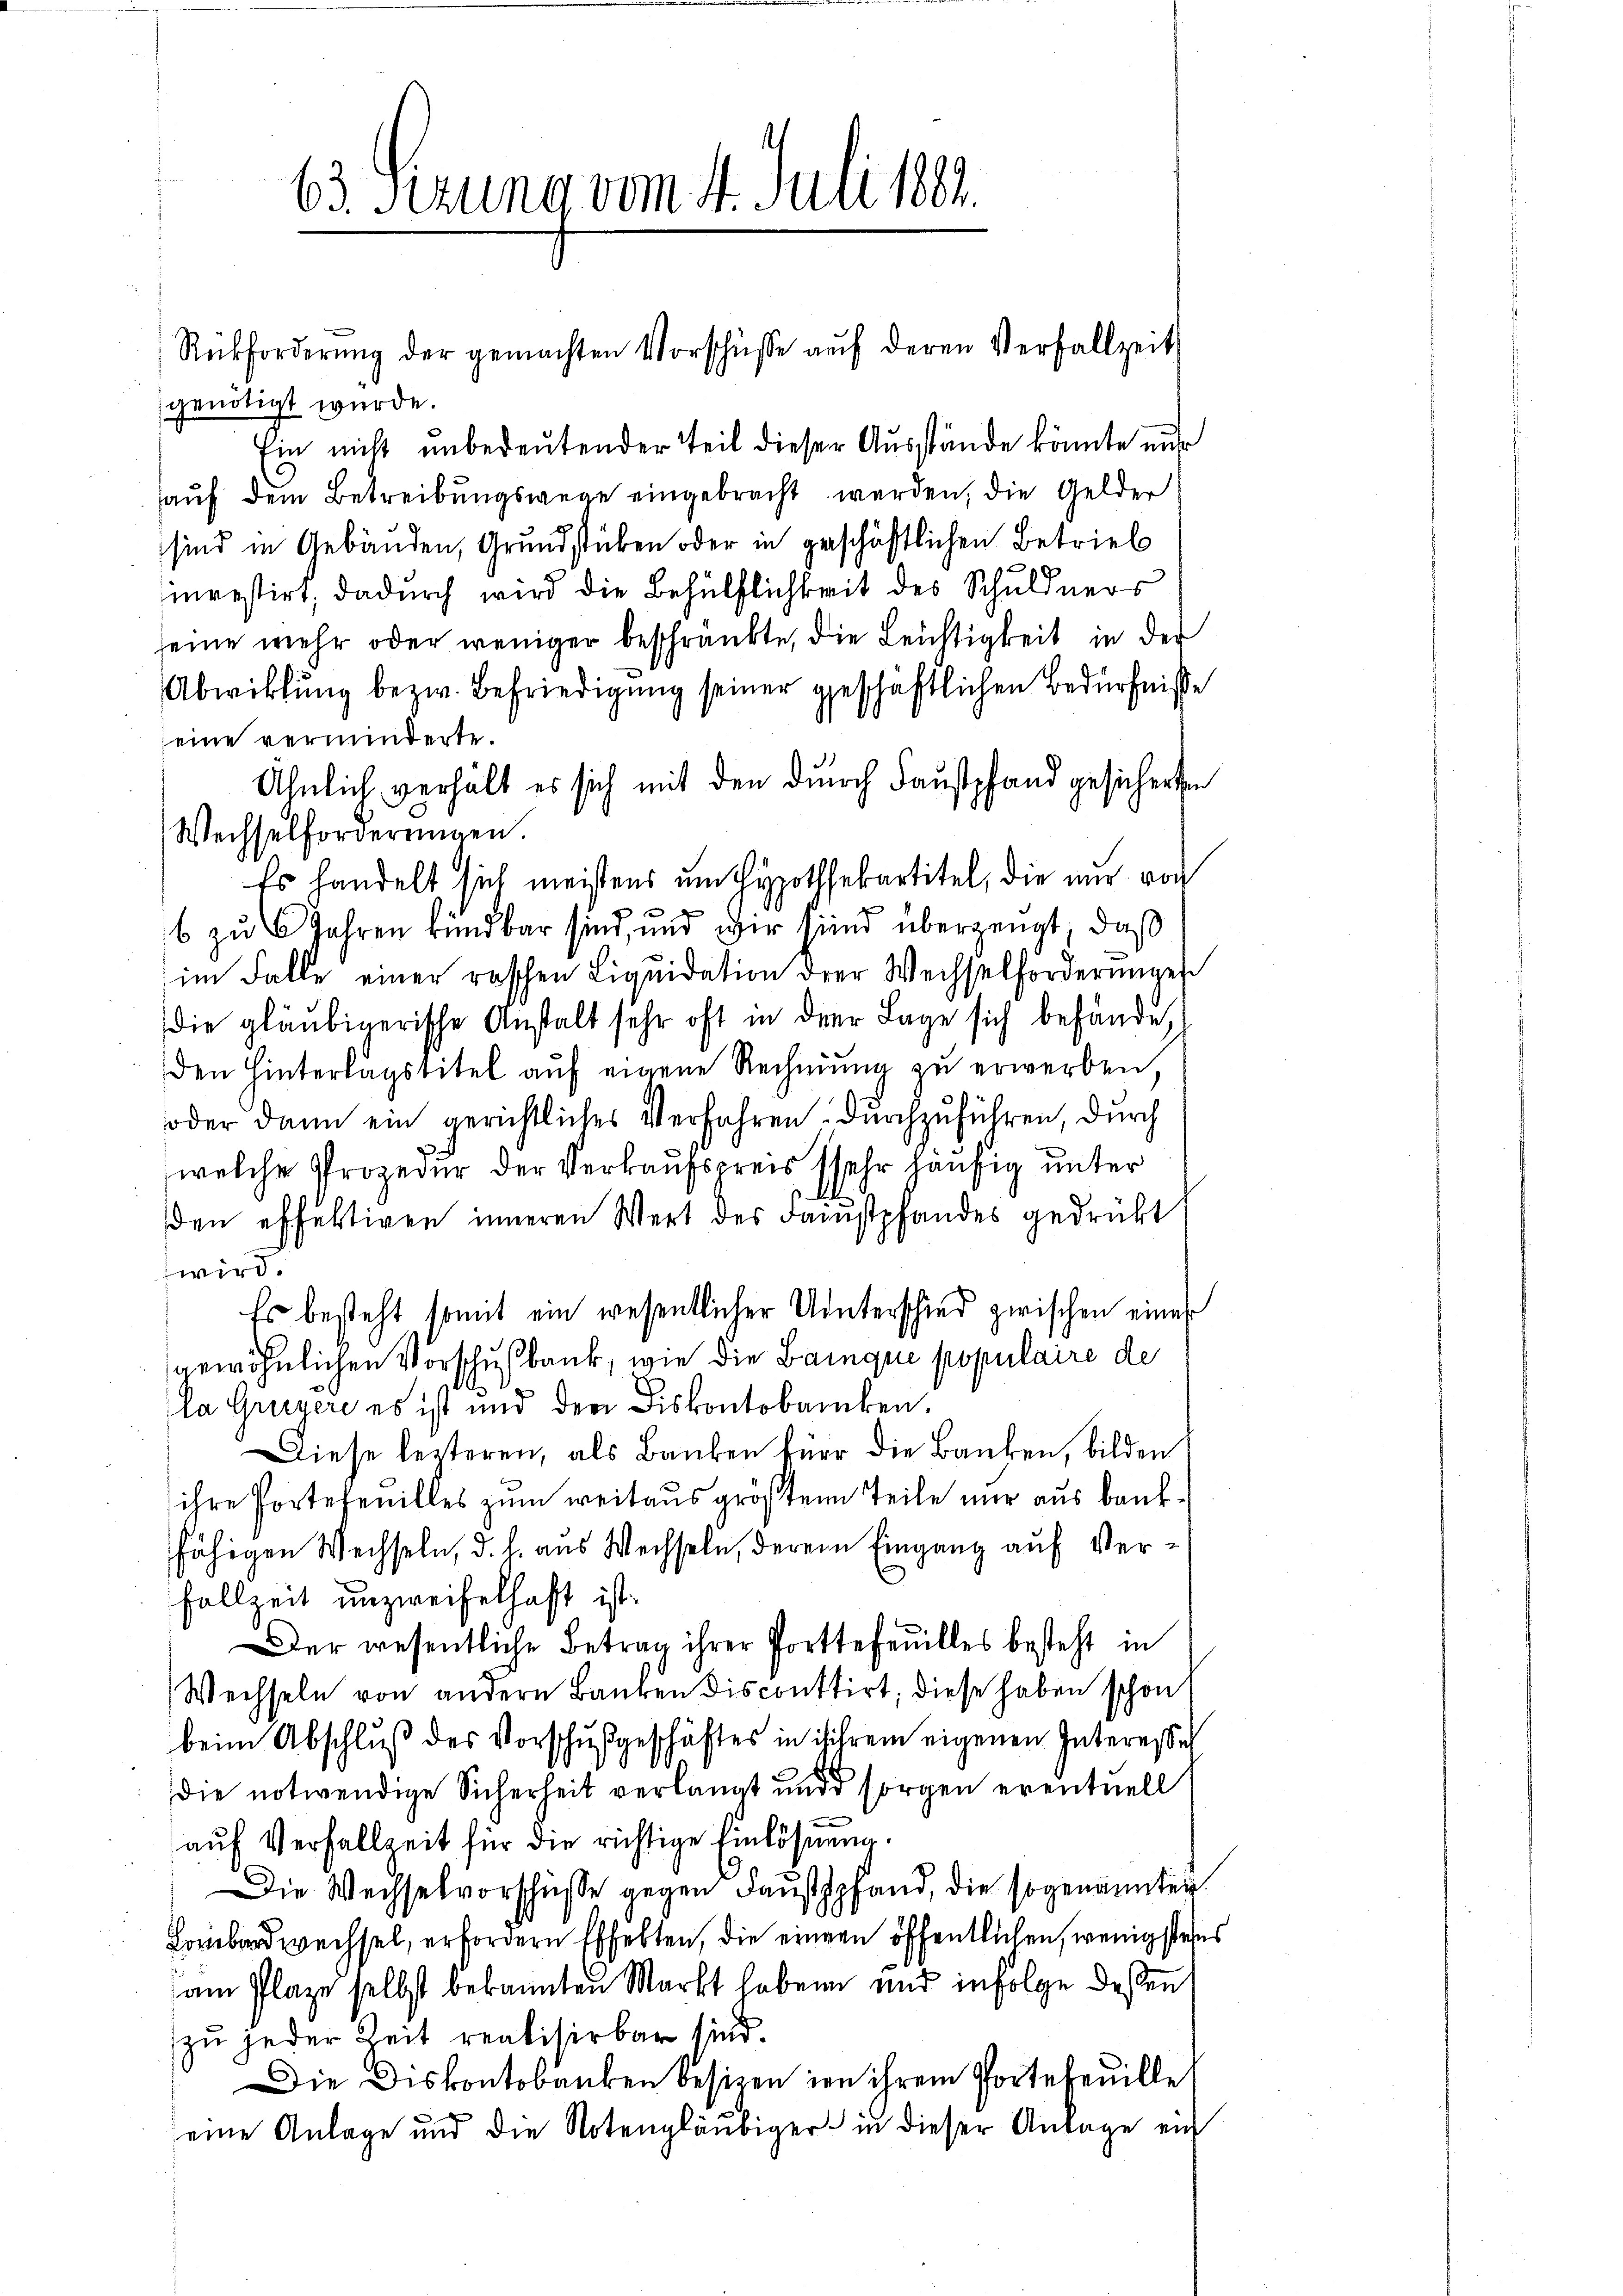
Rückforderŭng der gemachten Vorschüsse aŭf deren Verfallzeit
sgenötigt wurde.
Ein nicht unbedeutender Teil dieser Ausstände könnte nur
auf dem Betreibungswege eingebracht werden, die Gelder
sind in Gebäuden, Grundstuben oder in geschäftlichen Betrieb
mrestirt, dadurch wird die Behülflichkeit des Schuldners
seine mehr oder weniger beschränkte, die Leichtigkeit in der
Abwicklung bezw. Befriedigung seiner geschäftlichen Bedürfnisse
eine verminderte.
Ähnlich verhält es sich mit den durch Faustpfand gesicherten
Wechselforderungen.
Es handelt sich meistens um Hypothekartitel, die nur von
n
6 zu 6 Jahren kündbar sind, und wir sind überzeugt, daß
im Falle einer raschen Liquidation der Wechselforderungen
die gläubigerische Anstalt sehr oft in der Lage sich behände,
den Hinterlagstitel auf eigene Rechnung zu erwerben
oder dann ein gerichtliches Verfahren durchzuführen, durch
welche Prozedur der Verkaufspreis sehr häufig unter
.
den effektiven inneren Wert des Faustpfandes gedrückt
wird.
Es besteht somit ein wesentlicher Unterschied zwischen eines
gewöhnlichen Vorschußbank, wie die Bainque populaire de
la Greyere es ist und den Fiskontobanken.
Diese lezteren, als Banken für die Banken, bilden
ihre Portefanilles zum weitaus größten Teile nur aus Bankfähigen Wechseln, d. h. aus Wechseln, derem Eingang auf Verfallzeit unzweifelhaft ist.
Der wesentliche Betrag ihrer Porttefeuilles besteht in
Wechseln von andern Banken disconttirt; diese haben schon
beim Abschluß des Vorschußgeschäftes in ihrem eigenen Interesse
die notwendige Sicherheit verlangt und sorgen eventuell
d
auf Verfallzeit für die richtige Einlösung.
Die Wechselvorschüsse gegen Faustpfand, die sogenannter
Lombardwechsel, erfordern Effekten, die eingen öffentlichen, wenigsten
am Plaze selbst bekannten Markt haben und infolge deßen
zu jeder Zeit realisirbar sind.
Die Diskontobanken besizen in ihrem Portefeuille
eine Anlage und die Notengläubiger in dieser Anlage ein

63 Sezung vom 4. Juli 182.